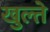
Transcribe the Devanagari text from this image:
खुल्ते